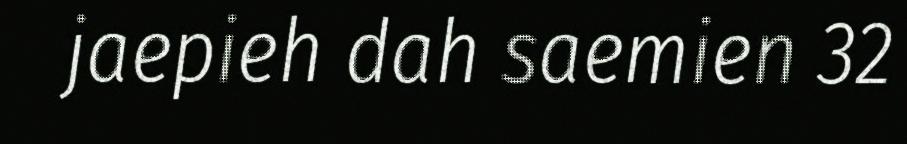
jaepieh dah saemien 32